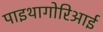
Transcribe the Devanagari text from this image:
पाइथागोरिआई